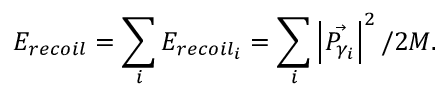
E _ { r e c o i l } = \sum _ { i } E _ { r e c o i l _ { i } } = \sum _ { i } \left| \vec { P _ { \gamma _ { i } } } \right| ^ { 2 } / 2 M .